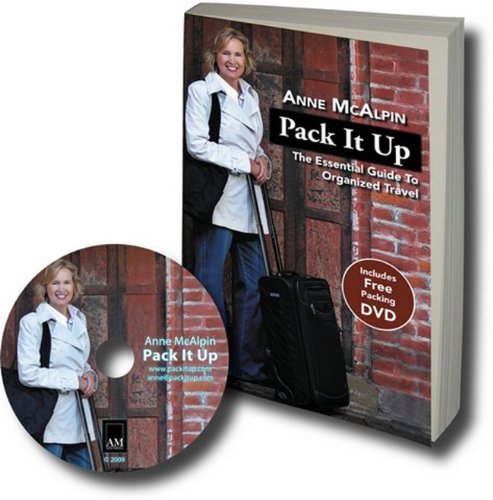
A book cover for Pack It Up: Travel Smart Pack Light; Anne McAlpin; Travel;